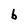
Character: b